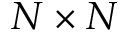
N \times N